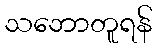
သဘောတူရန်